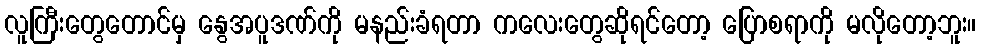
လူကြီးတွေတောင်မှ နွေအပူဒဏ်ကို မနည်းခံရတာ ကလေးတွေဆိုရင်တော့ ပြောစရာကို မလိုတော့ဘူး။